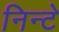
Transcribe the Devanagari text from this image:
निन्टे